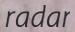
radar